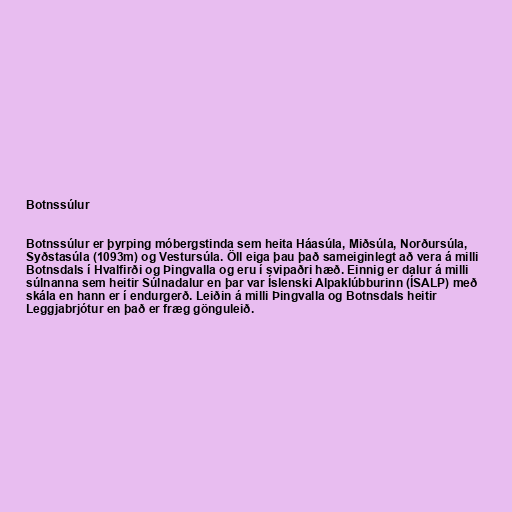
Botnssúlur

Botnssúlur er þyrping móbergstinda sem heita Háasúla, Miðsúla, Norðursúla,
Syðstasúla (1093m) og Vestursúla. Öll eiga þau það sameiginlegt að vera á milli
Botnsdals í Hvalfirði og Þingvalla og eru í svipaðri hæð. Einnig er dalur á milli
súlnanna sem heitir Súlnadalur en þar var Íslenski Alpaklúbburinn (ÍSALP) með
skála en hann er í endurgerð. Leiðin á milli Þingvalla og Botnsdals heitir
Leggjabrjótur en það er fræg gönguleið.